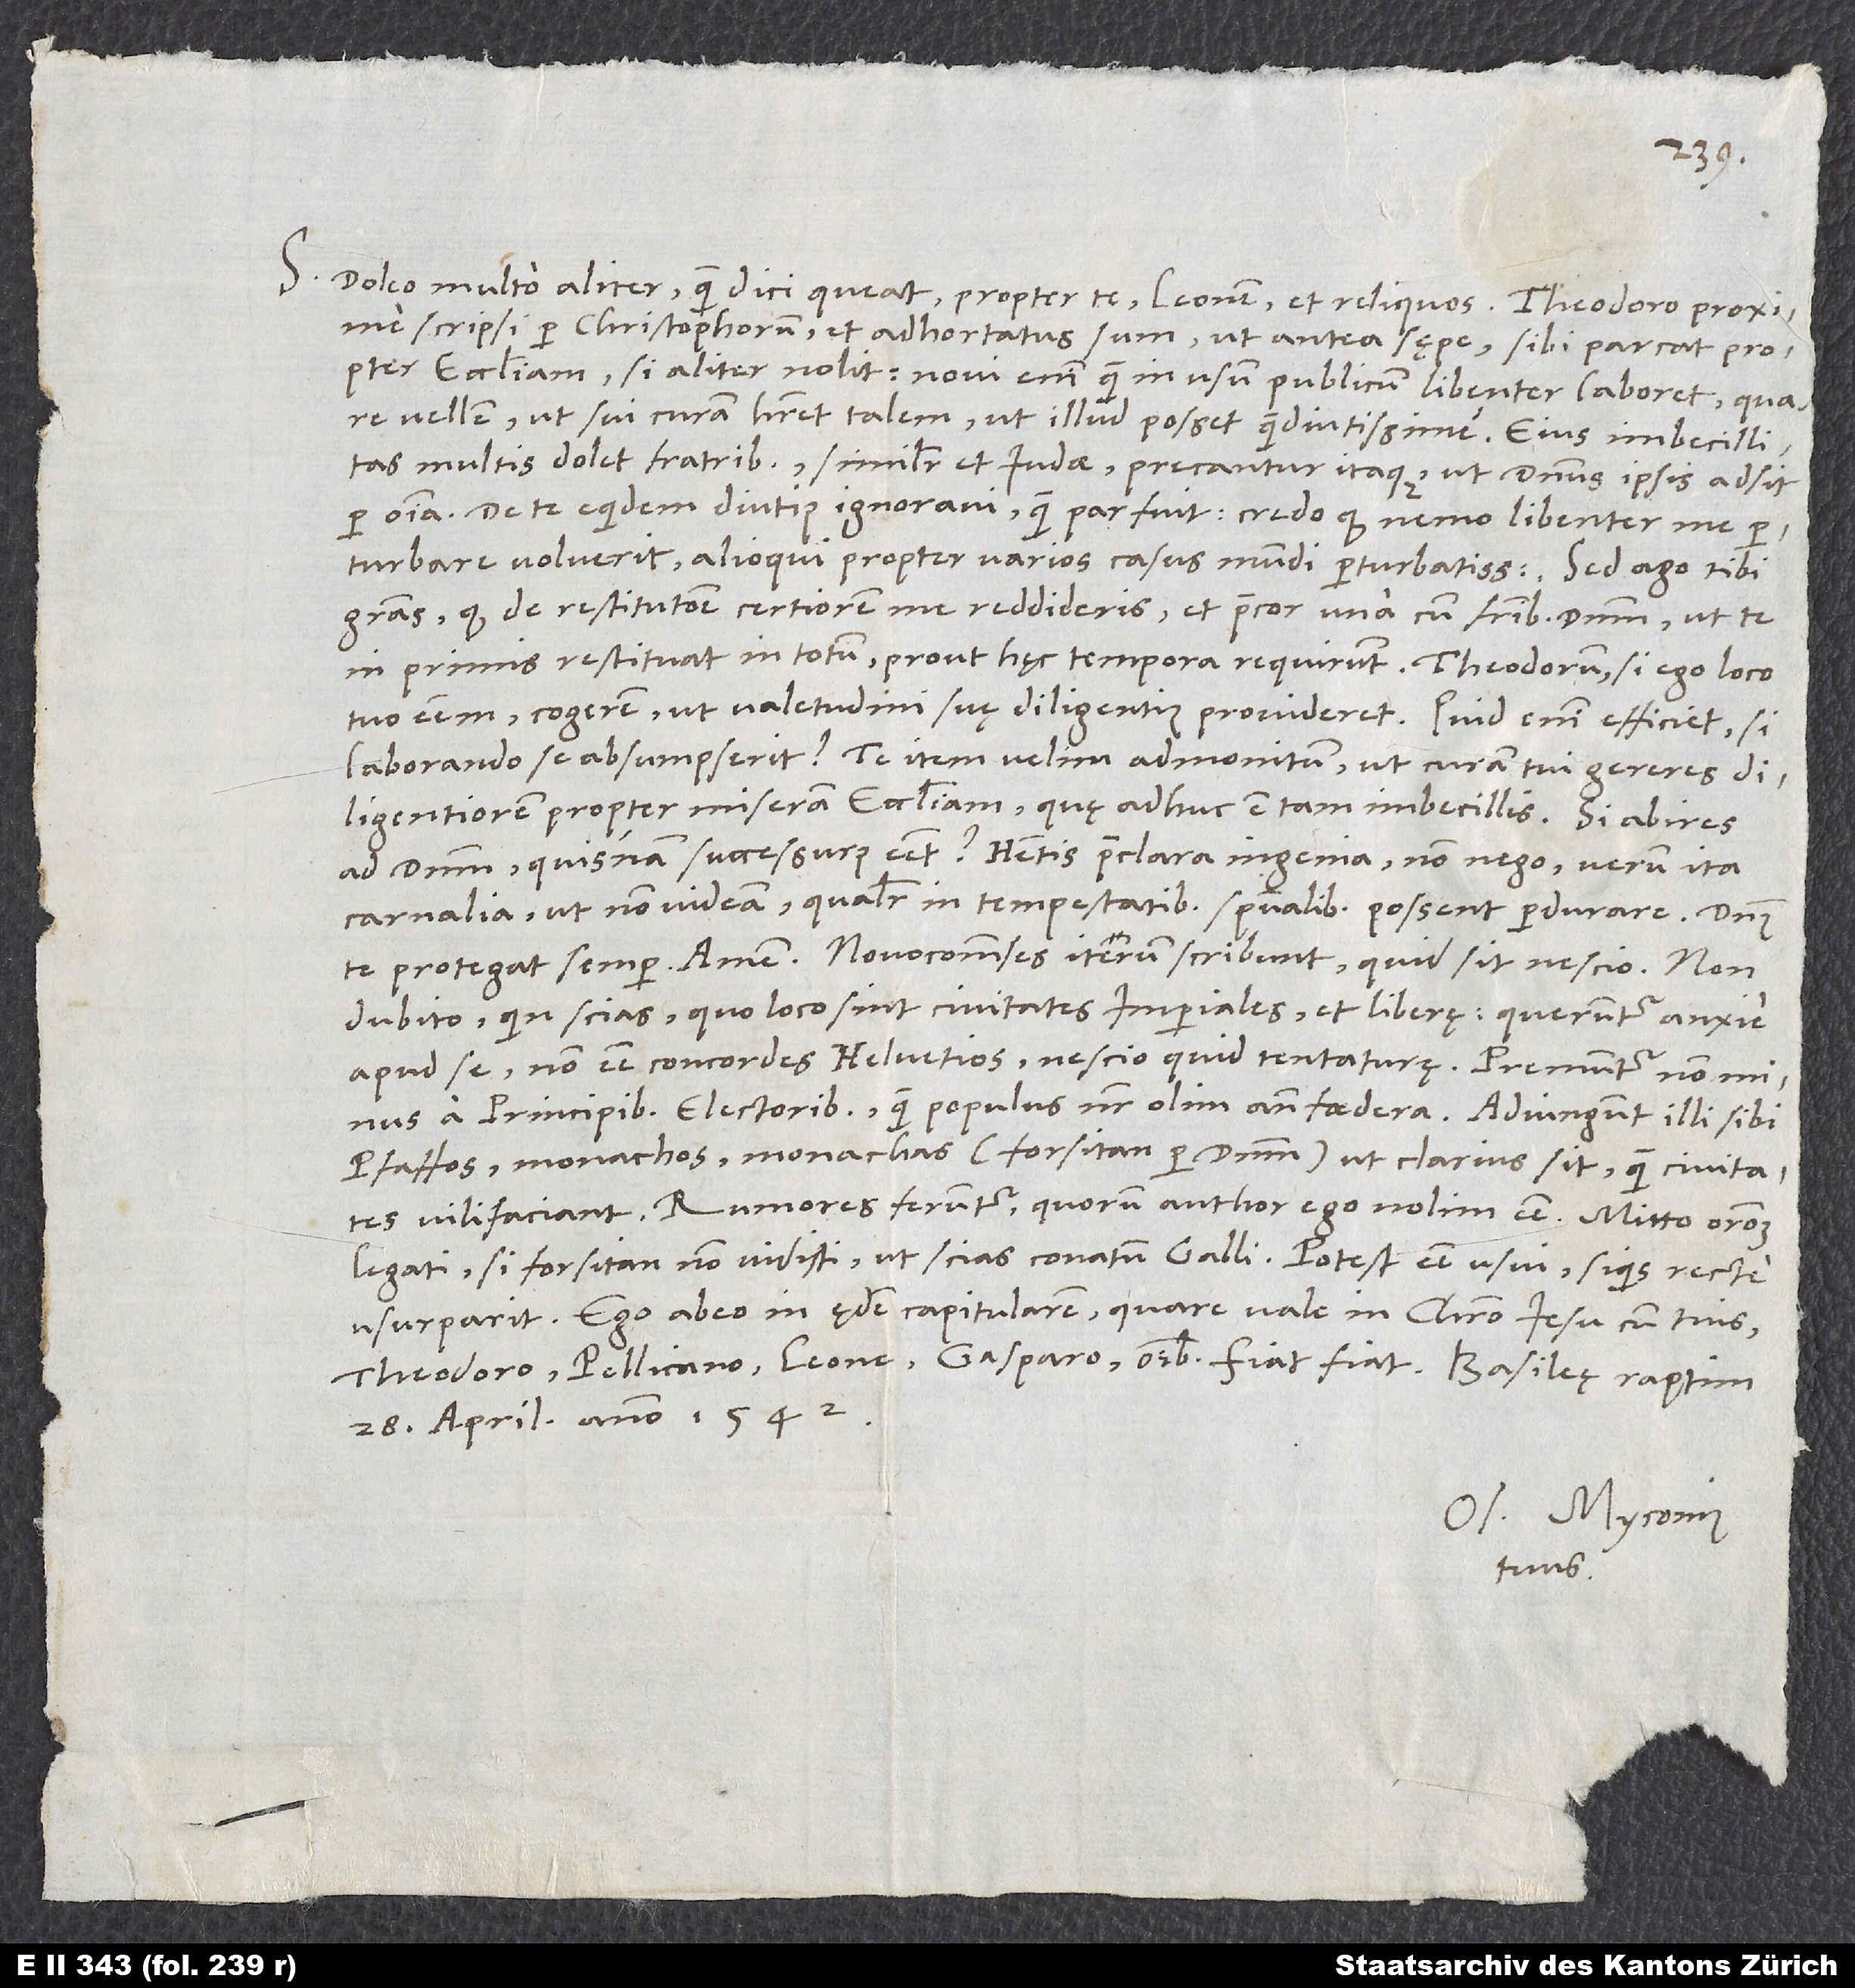
S. Doleo multo aliter, quam dici queat, propter te, Leonem et reliquos. Theodoro proxime
scripsi per Christophorum et adhortatus sum ut antea sępe, sibi parcat propter
ecclesiam, si aliter nolit; novi enim, quam in usum publicum libenter laboret, quare
vellem, ut sui curam haberet talem, ut illud posset quam diutissime. Eius imbecillitas
multis dolet fratribus, similiter et Iudae; precantur itaque, ut dominus ipsis adsit
per omnia. De te equidem diutius ignoravi, quam par fuit; credo, quod nemo libenter me
perturbare voluerit alioqui propter varios casus mundi perturbatissimum. Sed ago tibi
gratias, quod de restitutione certiorem me reddideris, et precor una cum fratribus dominum, ut te
in primis restituat in totum, prout hęc tempora requirunt. Theodorum, si ego loco
tuo essem, cogerem, ut valetudini suę diligentius provideret. Quid enim efficiet, si
laborando se absumpserit? Te item velim admonitum, ut curam tui gereres
diligentiorem propter miseram ecclesiam, quę adhuc est tam imbecillis. Si abires
ad dominum, quisnam successurus esset? Habetis praeclara ingenio, non nego, verum ita
carnalia, ut non videam, qualiter in tempestatibus spiritualibus possent perdurare.
dubito, quin scias, quo loco sint civitates imperiales et liberę; queruntur anxie
a principibus electoribus quam populus noster olim ante foedera. Adiungunt illi sibi
pfaffos, monachos, monarchas (forsitan per dominum), ut clarius sit, quam civitates
vilifaciant. Rumores feruntur, quorum author ego nolim esse.
legati, si forsitan non vidisti, ut scias conatum Galli. Potest esse usui, si quis recte
Ego abeo in ędem capitularem, quare vale in Christo Iesu cum tuis,
28. aprilis anno 1542.
Os. Myconius
tuus.